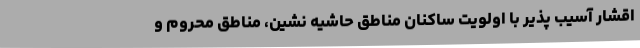
اقشار آسیب پذیر با اولویت ساکنان مناطق حاشیه نشین، مناطق محروم و